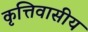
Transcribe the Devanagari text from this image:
कृत्तिवासीय